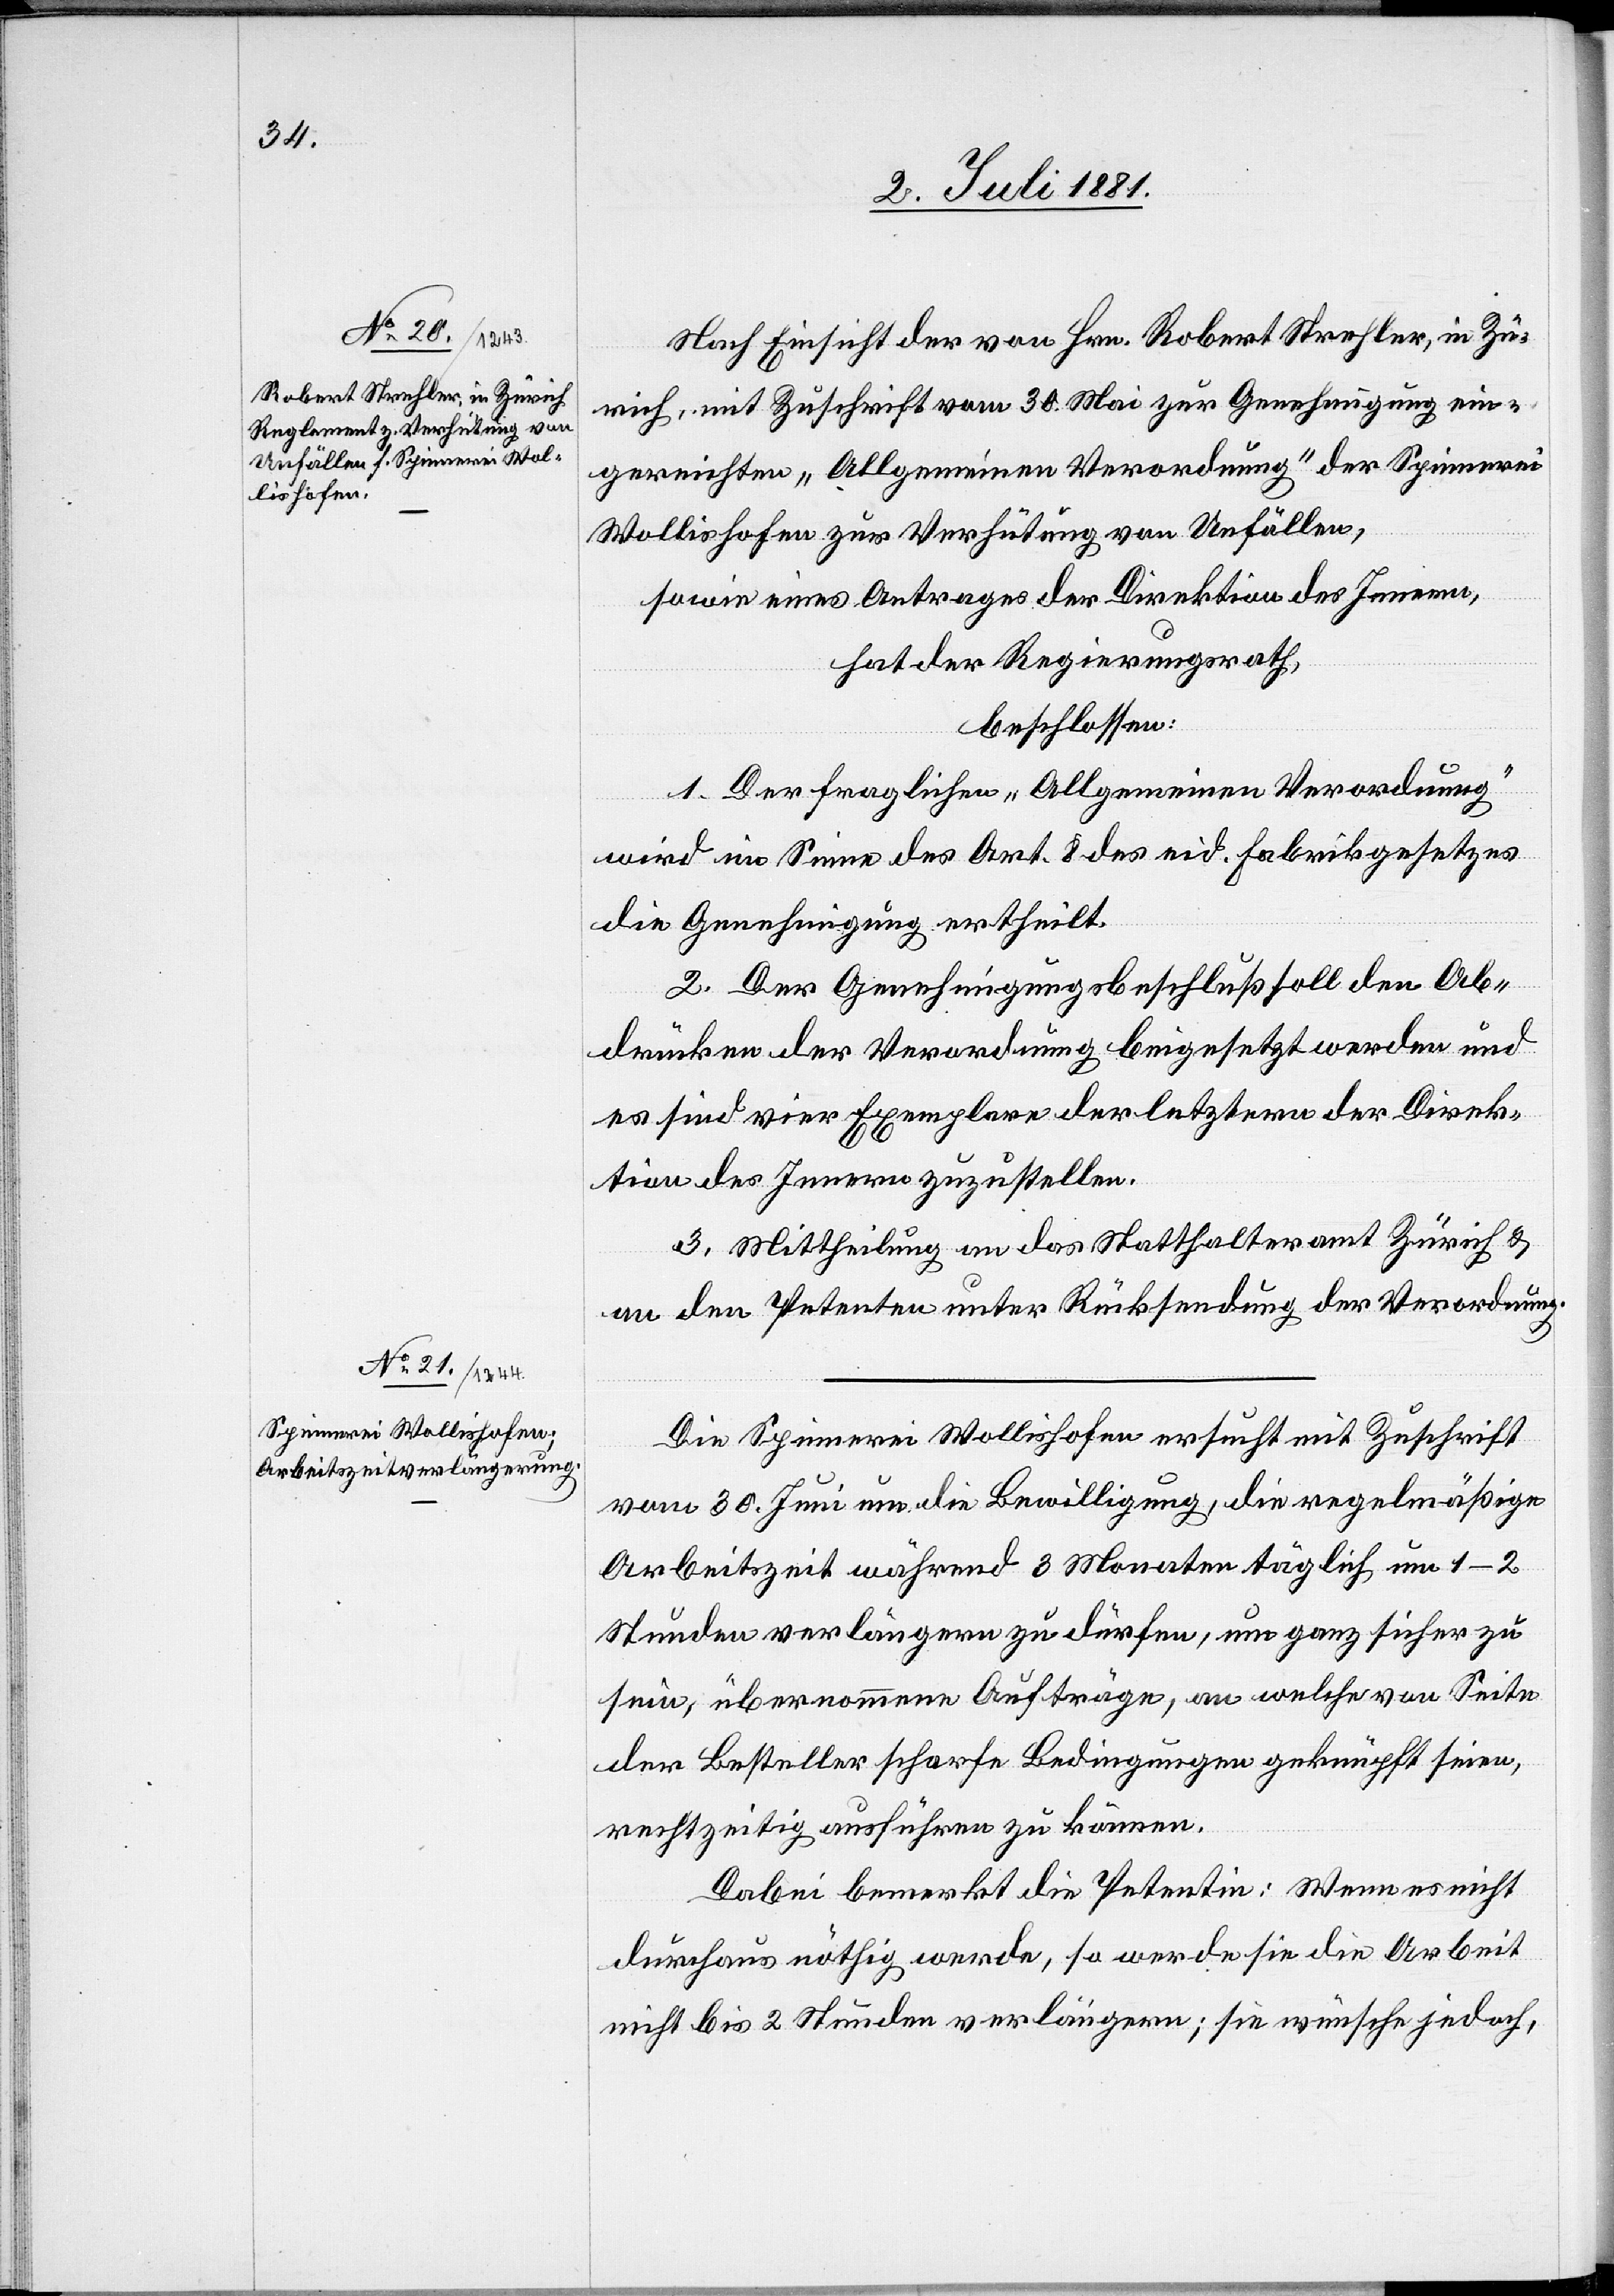
Nach Einsicht der von Hrn. Robert Strehler, in Zü¬
rich, mit Zuschrift vom 30. Mai zur Genehmigung ein¬
gereichten „Allgemeinen Verordnung“ der Spinnerei
Wollishofen zur Verhütung von Unfällen,
sowie eines Antrages der Direktion des Innern,
hat der Regierungsrath,
beschlossen:
1. Der fraglichen „Allgemeinen Verordnung“
wird im Sinne des Art. 8 des eid. Fabrikgesetzes
die Genehmigung ertheilt.
2. Der Genehmigungsbeschluß soll den Ab¬
drücken der Verordnung beigesetzt werden und
es sind vier Exemplare der letztern der Direk¬
tion des Innern zuzustellen.
3. Mittheilung an das Statthalteramt Zürich &
an den Petenten unter Rücksendung der Verordnung.
Die Spinnerei Wollishofen ersucht mit Zuschrift
vom 30. Juni um die Bewilligung, die regelmäßige
Arbeitszeit während 3 Monaten täglich um 1–2
Stunden verlängern zu dürfen, um ganz sicher zu
sein, übernommene Aufträge, an welche von Seite
der Besteller scharfe Bedingungen geknüpft seien,
rechtzeitig ausführen zu können.
Dabei bemerkt die Petentin: Wenn es nicht
durchaus nöthig werde, so werde sie die Arbeit
nicht bis 2 Stunden verlängern; sie wünsche jedoch,